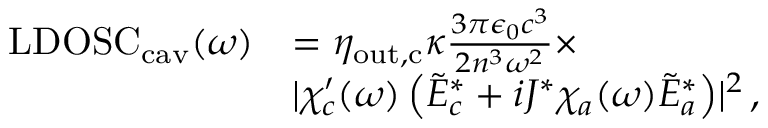
\begin{array} { r l } { \mathrm { L D O S C } _ { \mathrm { c a v } } ( \omega ) } & { = \eta _ { \mathrm { o u t , c } } \kappa \frac { 3 \pi \epsilon _ { 0 } c ^ { 3 } } { 2 n ^ { 3 } \omega ^ { 2 } } \times } \\ & { \lvert \chi _ { c } ^ { \prime } ( \omega ) \left( \tilde { E } _ { c } ^ { * } + i J ^ { * } \chi _ { a } ( \omega ) \tilde { E } _ { a } ^ { * } \right) \rvert ^ { 2 } \, , } \end{array}